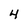
Character: 4